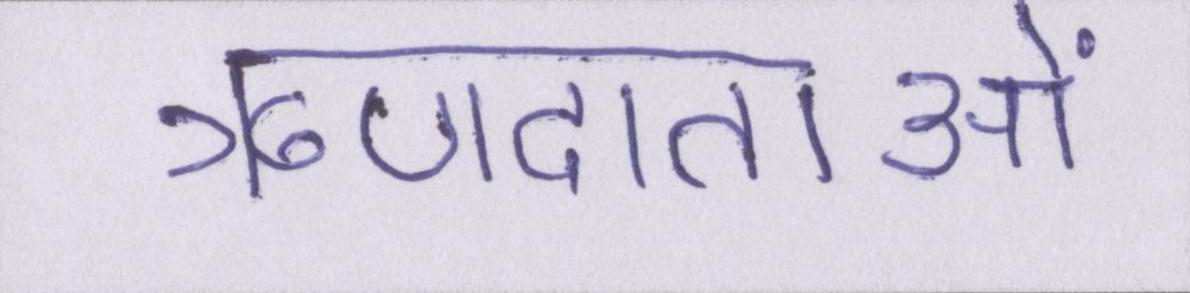
ऋणदाताओं